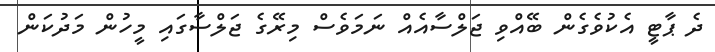
ދެ ޕާޓީ އެކުވެގެން ބޭއްވި ޖަލްސާއެއް ނަމަވެސް މިރޭގެ ޖަލްސާގައި މީހުން މަދުކަން